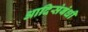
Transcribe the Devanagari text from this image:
आदिसंबंधी